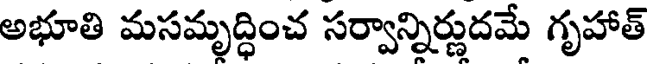
అభూతి మసమృద్ధించ సర్వాన్నిర్ణుదమే గృహాత్